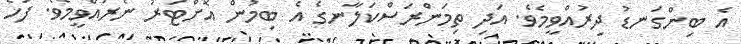
އެ ބިންގަނޑު ދިރުއްވީމެވެ. އަދި ތިމަންރަސްކަލާނގެ އެ ބިމުން އޮށްޓަރު ނެރުއްވީމެވެ. ފަހެ